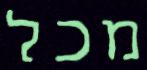
מכל